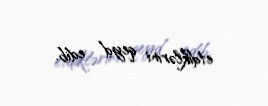
etdiklərini qeyd edib.